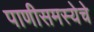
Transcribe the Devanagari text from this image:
पाणीसमस्येचे